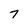
Character: 7